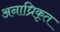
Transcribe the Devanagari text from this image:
अनाध्रिकृत